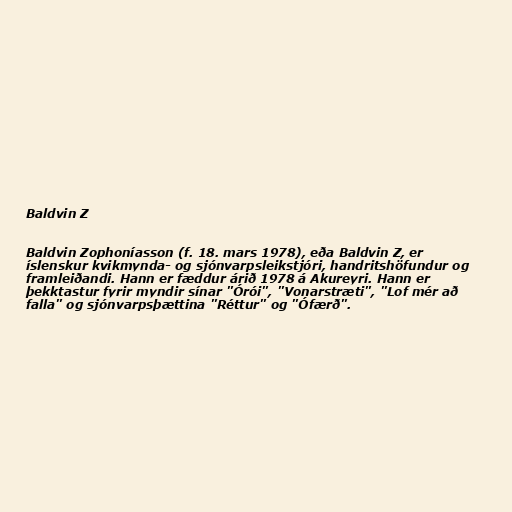
Baldvin Z

Baldvin Zophoníasson (f. 18. mars 1978), eða Baldvin Z, er
íslenskur kvikmynda- og sjónvarpsleikstjóri, handritshöfundur og
framleiðandi. Hann er fæddur árið 1978 á Akureyri. Hann er
þekktastur fyrir myndir sínar "Órói", "Vonarstræti", "Lof mér að
falla" og sjónvarpsþættina "Réttur" og "Ófærð".